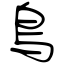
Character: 鳥